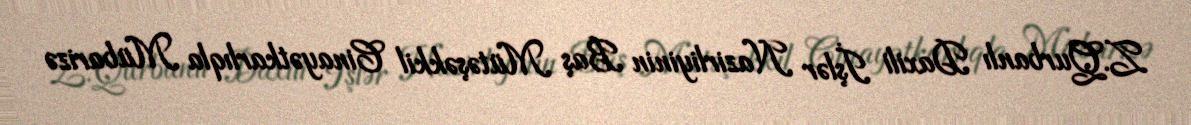
Z.Qurbanlı Daxili İşlər Nazirliyinin Baş Mütəşəkkil Cinayətkarlıqla Mübarizə